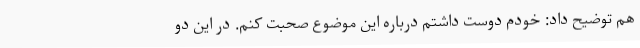
هم توضیح داد: خودم دوست داشتم درباره این موضوع صحبت کنم. در این دو